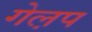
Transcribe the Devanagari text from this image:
गेल़प